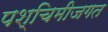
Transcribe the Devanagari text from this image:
पश्चिमीजगत